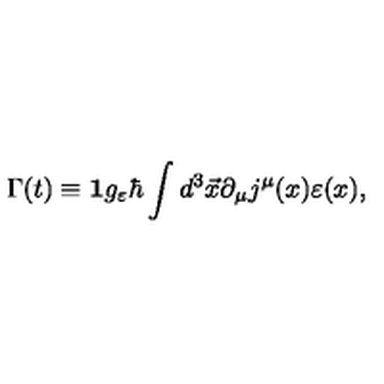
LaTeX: \Gamma ( t ) \equiv { \bf 1 } g _ { \varepsilon } \hbar \int d ^ { 3 } \vec { x } \partial _ { \mu } j ^ { \mu } ( x ) \varepsilon ( x ) ,